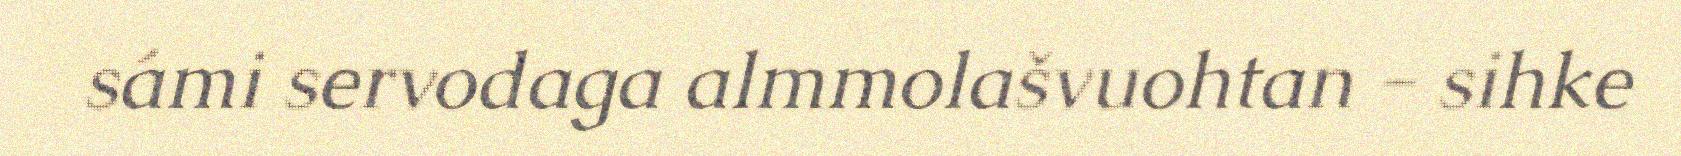
sámi servodaga almmolašvuohtan - sihke